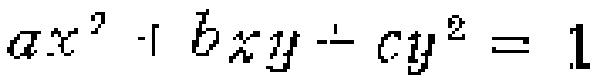
$ax^{2}+bxy + cy^{2}=1$